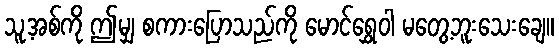
သူ့အစ်ကို ဤမျှ စကားပြောသည်ကို မောင်ရွှေဝါ မတွေ့ဘူးသေးချေ။